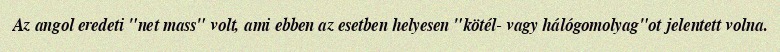
Az angol eredeti "net mass" volt, ami ebben az esetben helyesen "kötél- vagy hálógomolyag"ot jelentett volna.